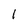
Character: l